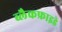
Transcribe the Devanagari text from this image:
ब्लैकफ्राइडे